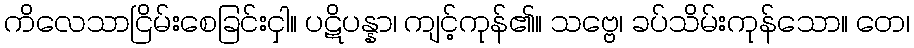
ကိလေသာငြိမ်းစေခြင်းငှါ။ ပဋိပန္နာ၊ ကျင့်ကုန်၏။ သဗ္ဗေ၊ ခပ်သိမ်းကုန်သော။ တေ၊